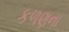
કળણના